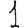
Digit: 1